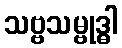
သဗ္ဗသမ္ဗုဒ္ဓါ